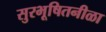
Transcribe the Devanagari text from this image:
सुरभूषितनीळा